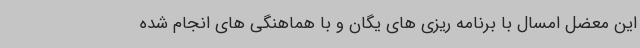
این معضل امسال با برنامه ریزی های یگان و با هماهنگی های انجام شده